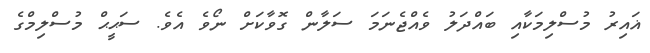
ޣައިރު މުސްލިމަކާއި ބައްދަލު ވެއްޖެނަމަ ސަލާން ގޮވާކަށް ނޯވެ އެވެ. ސަޙީޙް މުސްލިމްގެ